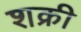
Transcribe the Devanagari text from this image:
शक्री